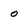
Character: o